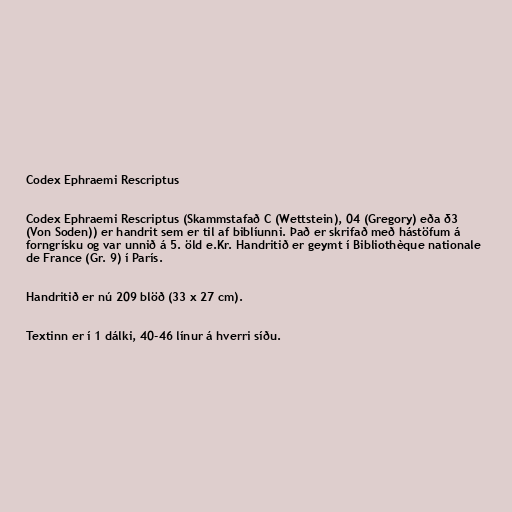
Codex Ephraemi Rescriptus

Codex Ephraemi Rescriptus (Skammstafað C (Wettstein), 04 (Gregory) eða δ3
(Von Soden)) er handrit sem er til af biblíunni. Það er skrifað með hástöfum á
forngrísku og var unnið á 5. öld e.Kr. Handritið er geymt í Bibliothèque nationale
de France (Gr. 9) í París.

Handritið er nú 209 blöð (33 x 27 cm).

Textinn er í 1 dálki, 40-46 línur á hverri síðu.